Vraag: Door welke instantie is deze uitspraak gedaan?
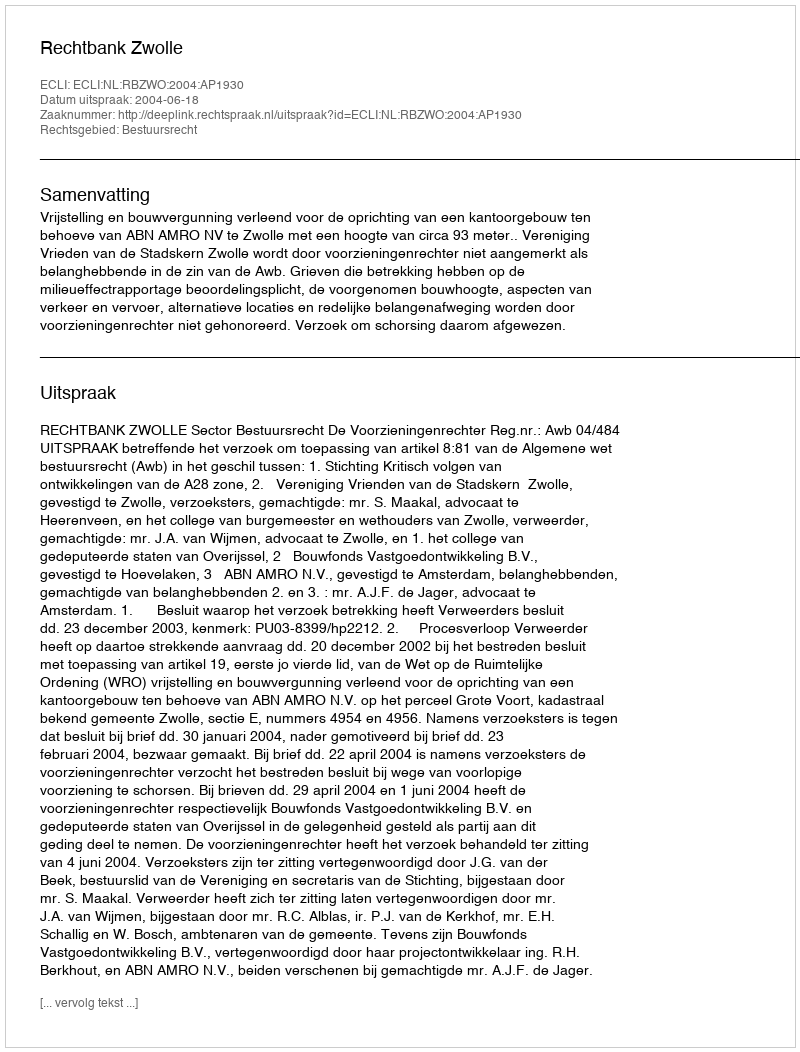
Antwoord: Rechtbank Zwolle